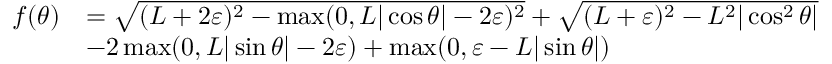
\begin{array} { r l } { f ( \theta ) } & { = \sqrt { ( L + 2 \varepsilon ) ^ { 2 } - \operatorname* { m a x } ( 0 , L | \cos \theta | - 2 \varepsilon ) ^ { 2 } } + \sqrt { ( L + \varepsilon ) ^ { 2 } - L ^ { 2 } | \cos ^ { 2 } \theta | } } \\ & { - 2 \operatorname* { m a x } ( 0 , L | \sin \theta | - 2 \varepsilon ) + \operatorname* { m a x } ( 0 , \varepsilon - L | \sin \theta | ) } \end{array}